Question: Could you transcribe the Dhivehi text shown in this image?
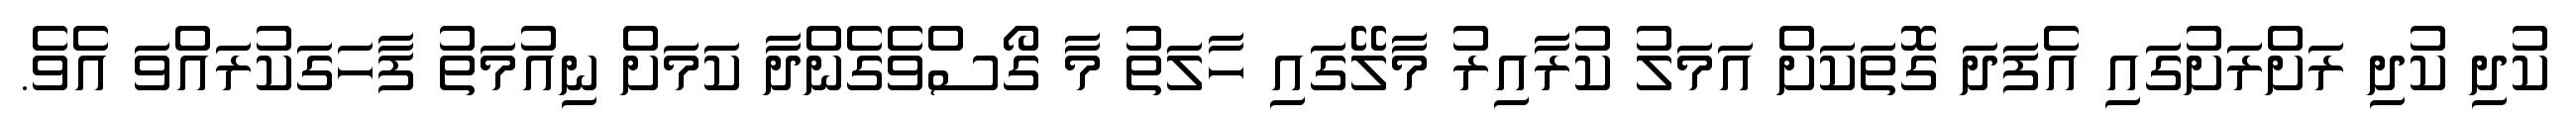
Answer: ކުދި ކުދި ރަށްރަށުގައި އެފަދަ ގޮތަކަށް އަމަލު ކުރާއިރު މާލޭގައި ހާލަތު މާ ގޯސްވެގެންދާ ކަމަށް ނިއުމަތު ފާހަގަކުރައްވަ އެވެ.